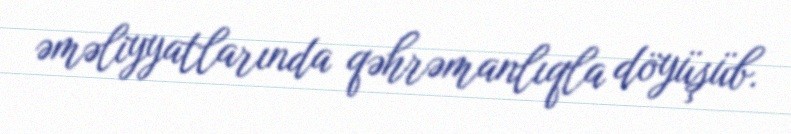
əməliyyatlarında qəhrəmanlıqla döyüşüb.